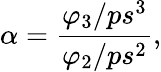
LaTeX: \alpha=\frac{\varphi_{3}/ps^{3}}{\varphi_{2}/ps^{2}},